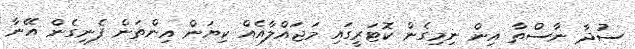
ސުދާ ނާސްތާ އިން ނިމިގެން ކޮޓަރީގައި މަޖައްލާއެއް ކިޔަން އިންތަން ފެނިގެން އޭނާ